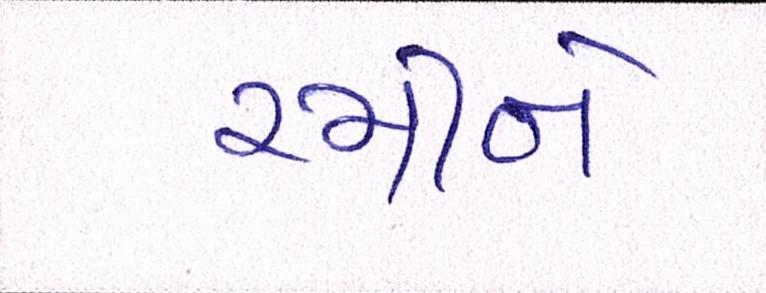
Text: રમીને